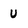
Character: U